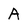
Character: A